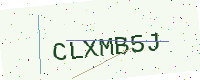
Text: CLXMB5J